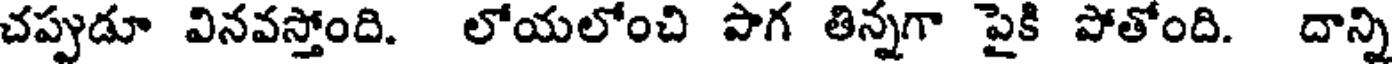
చప్పుడూ వినవస్తోంది. లోయలోంచి పాగ తిన్నగా పైకి పోతోంది. దాన్ని